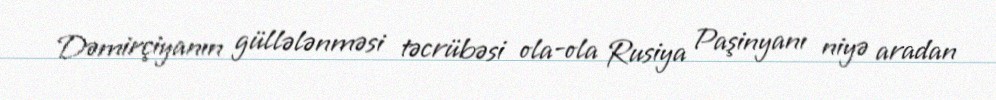
Dəmirçiyanın güllələnməsi təcrübəsi ola-ola Rusiya Paşinyanı niyə aradan